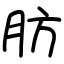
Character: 肪